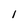
Character: 1